Annual report of the Punjab Veterinary College and of the Civil Veterinary Department, Punjab - 1920-1925
Year: 1920
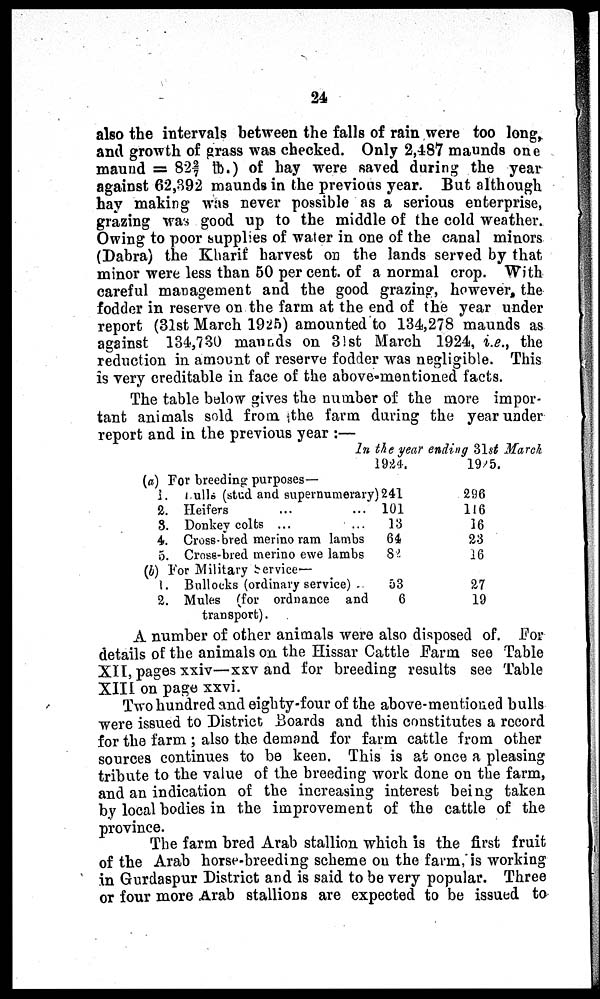
24
also the intervals between the falls of rain were too long,
and growth of grass was checked. Only 2,487 maunds one
maund = 82 2/7 lb.) of hay were saved during the year
against 62,392 maunds in the previous year. But although
hay making was never possible as a serious enterprise,
grazing was good up to the middle of the cold weather.
Owing to poor supplies of water in one of the canal minors
(Dabra) the Kharif harvest on the lands served by that
minor were less than 50 per cent. of a normal crop. With
careful management and the good grazing, however, the
fodder in reserve on the farm at the end of the year under
report (31st March 1925) amounted to 134,278 maunds as
against 134,730 maunds on 31st March 1924, i.e., the
reduction in amount of reserve fodder was negligible. This
is very creditable in face of the above-mentioned facts.
The table below gives the number of the more impor-
tant animals sold from the farm during the year under
report and in the previous year :-
In the year ending 31st March
(a) For breeding purposes—
1. Bulls (stud and supernumerary)
2. Heifers
...
...
3. Donkey colts ...
...
4. Cross-bred merino ram lambs
5. Cross-bred merino ewe lambs
(b) For Military Service—
1. Bullocks (ordinary service) ..
2. Mules (for ordnance and
transport).
1924.
241
101
13
64
82
53
6
1925.
296
116
16
23
16
27
19
A number of other animals were also disposed of. For
details of the animals on the Hissar Cattle Farm see Table
XII, pages xxiv—xxv and for breeding results see Table
XIII on page xxvi.
Two hundred and eighty-four of the above-mentioned bulls
were issued to District Boards and this constitutes a record
for the farm; also the demand for farm cattle from other
sources continues to be keen. This is at once a pleasing
tribute to the value of the breeding work done on the farm,
and an indication of the increasing interest being taken
by local bodies in the improvement of the cattle of the
province.
The farm bred Arab stallion which is the first fruit
of the Arab horse-breeding scheme on the farm, is working
in Gurdaspur District and is said to be very popular. Three
or four more Arab stallions are expected to be issued to